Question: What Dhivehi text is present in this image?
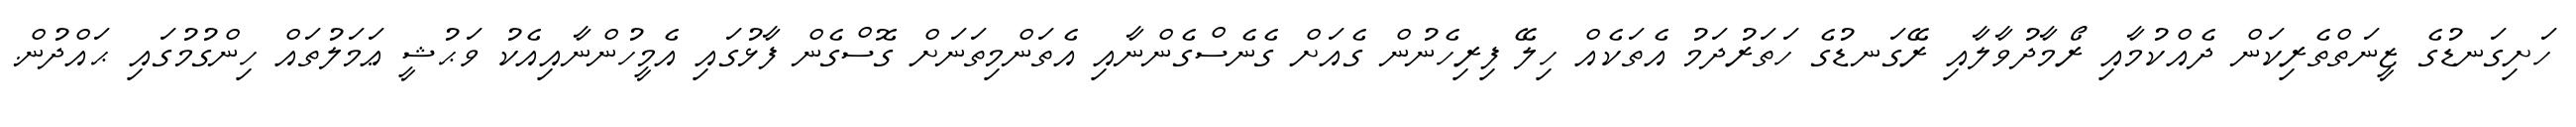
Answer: ހަށިގަނޑުގެ ޒީނަތްތެރިކަން ދެއްކުމާއި ރޯމާދުވާލާއި ރޭގަނޑުގެ ހަތަރުދަމު އެތަކެއް ހިލޭ ފިރިހެނުން ގެއަށް ގެނެސްގެންނާއި އެތަންމިތަނަށް ގޮސްގެން ފާޅުގައި އެމީހުންނާއިއެކު ވަޙުޝީ ޢަމަލުތައް ހިންގުމުގައި ޙައްދުން.